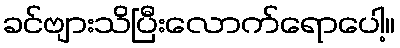
ခင်ဗျားသိပြီးလောက်ရောပေါ့။